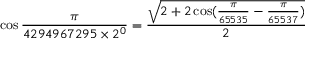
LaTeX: \cos { \frac { \pi } { 4 2 9 4 9 6 7 2 9 5 \times 2 ^ { 0 } } } = { \frac { \sqrt { 2 + 2 \cos ( { \frac { \pi } { 6 5 5 3 5 } } - { \frac { \pi } { 6 5 5 3 7 } } ) } } { 2 } }